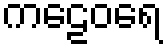
ကဠေဝရေ